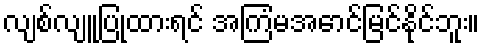
လျစ်လျူပြုထားရင် အကြံမအောင်မြင်နိုင်ဘူး။